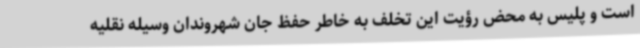
است و پلیس به محض رؤیت این تخلف به خاطر حفظ جان شهروندان وسیله نقلیه